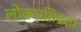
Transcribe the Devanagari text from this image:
लोकपतियता